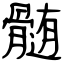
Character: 髄